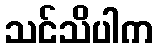
သင်သိပါက